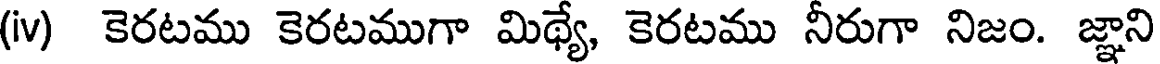
(iv) కెరటము కెరటముగా మిథ్యే, కెరటము నీరుగా నిజం. జ్ఞాని